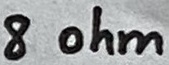
Text: 8 ohm